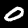
Label: 0